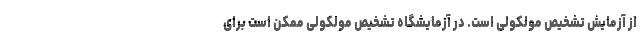
از آزمایش تشخیص مولکولی است. در آزمایشگاه تشخیص مولکولی ممکن است برای